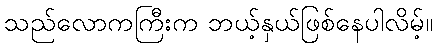
သည်လောကကြီးက ဘယ့်နှယ်ဖြစ်နေပါလိမ့်။